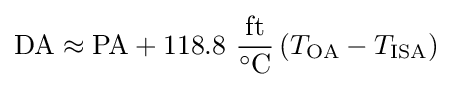
{\text{DA}}\approx {\text{PA}}+118.8~{\frac {\text{ft}}{^{\circ }{\text{C}}}}\left(T_{\text{OA}}-T_{\text{ISA}}\right)